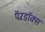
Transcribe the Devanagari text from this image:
पॅरॅडॉक्स